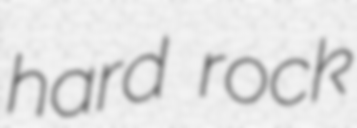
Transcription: hard rock